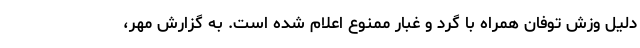
دلیل وزش توفان همراه با گرد و غبار ممنوع اعلام شده است. به گزارش مهر،